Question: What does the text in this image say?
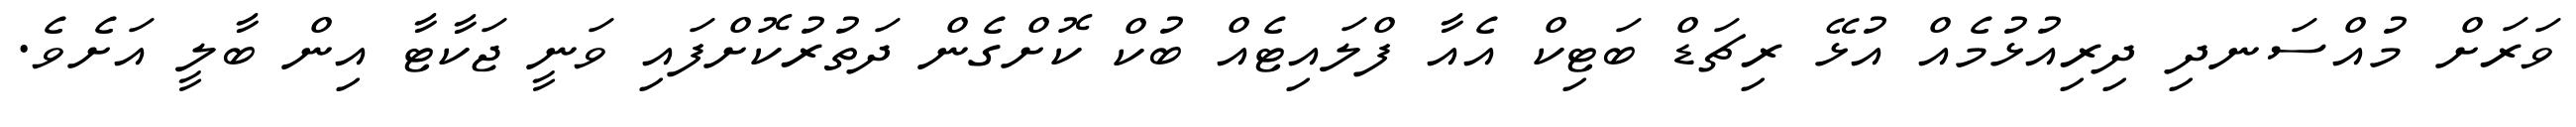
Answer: ވަރަށް މުއްސަނދި ދިރިއުޅުމެއް އުޅޭ ރިޗަޑް ބަޓިކް އެއާ ފްލައިޓެއް ބުކް ކޮށްގެން ދަތުރުކޮށްފައި ވަނީ ޖަކާޓާ އިން ބާލީ އަށެވެ.